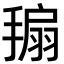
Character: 𢲒